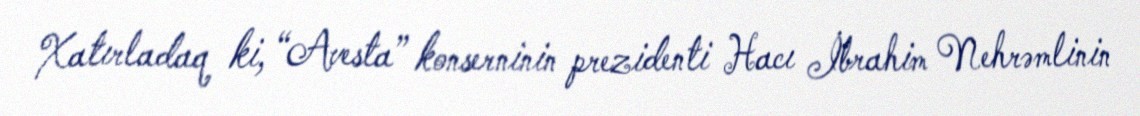
Xatırladaq ki, “Avesta” konserninin prezidenti Hacı İbrahim Nehrəmlinin